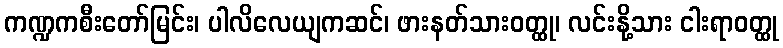
ကဏ္ဍကစီးတော်မြင်း၊ ပါလိလေယျကဆင်၊ ဖားနတ်သားဝတ္ထု၊ လင်းနို့သား ငါးရာဝတ္ထု